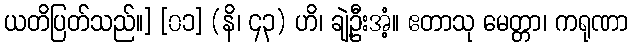
ယတိပြတ်သည်။] [၀၁] (နိ၊ ၄၃) ဟိ၊ ချဲ့ဦးအံ့။ ဧတာသု မေတ္တာ၊ ကရုဏာ